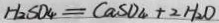
H _ { 2 } S O _ { 4 } = C a S O _ { 4 } + 2 H _ { 2 } O